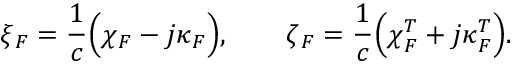
\= \xi _ { \/ F } = \frac { 1 } { c } \Big ( \= \chi _ { \/ F } - j \= \kappa _ { \/ F } \Big ) , \qquad \= \zeta _ { \/ F } = \frac { 1 } { c } \Big ( \= \chi _ { \/ F } ^ { T } + j \= \kappa _ { \/ F } ^ { T } \Big ) .